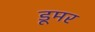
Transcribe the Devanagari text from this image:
डूमर